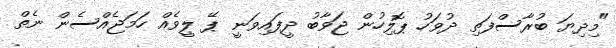
"މިދިޔަ ބުރާސްފަތި ދުވަހު ޕޮލިހުން ޖަވާބު ދީފައިވަނީ ޕޭ ލީވެއް ހަމަޖެއްސެން ނެތް